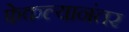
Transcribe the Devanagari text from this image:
फेकल्यानंतर